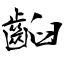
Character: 齨